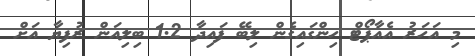
މި އަހަރު އެއާޕޯޓް ހިންގައިގެން ލިބޭ ފައިދާ 1.2 ބިލިއަން ރުފިޔާ އަށް